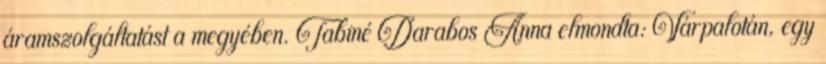
áramszolgáltatást a megyében. Tabiné Darabos Anna elmondta: Várpalotán, egy